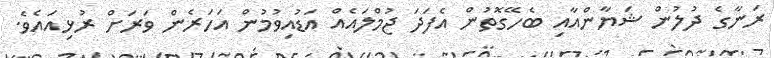
ރަނާގެ ދުލުން ޝަޔާންއާއި ބެހޭގޮތުން އެފަދަ ޖުމްލައެއް އަޑުއިވުމުން އަހަރެން ވަރަށް ރުޅިއައެވެ.